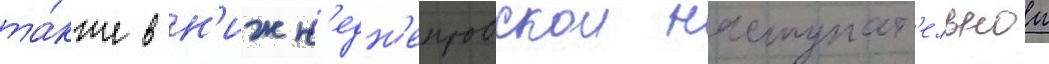
та́кже в н'ижн'едн'епровскои наступат'ельнои